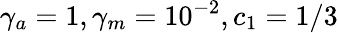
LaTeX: \gamma_{a}=1,\gamma_{m}=10^{-2},c_{1}=1/3